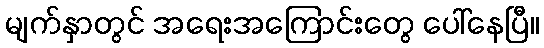
မျက်နှာတွင် အရေးအကြောင်းတွေ ပေါ်နေပြီ။